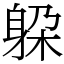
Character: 躱